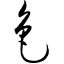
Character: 色